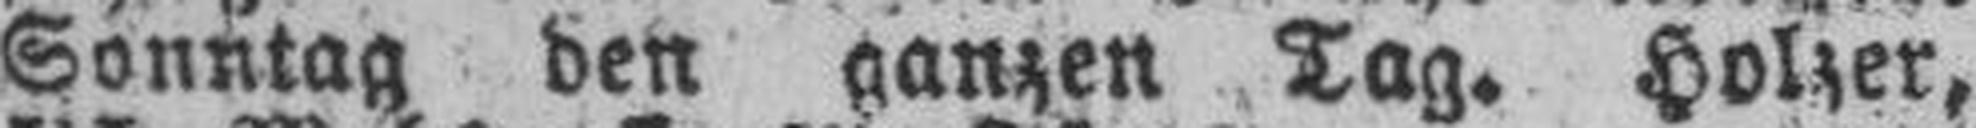
Sonntag den ganzen Tag. Holzer,